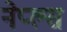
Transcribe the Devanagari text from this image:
नेप्ल्स